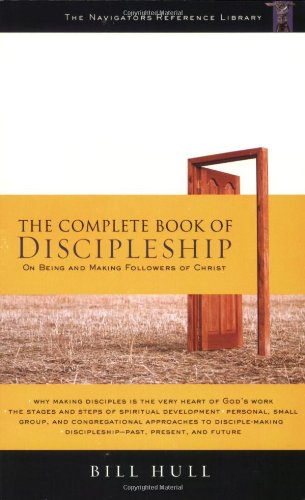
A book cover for The Complete Book of Discipleship: On Being and Making Followers of Christ (The Navigators Reference Library); Bill Hull; Christian Books & Bibles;